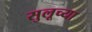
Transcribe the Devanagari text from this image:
सुलूच्या